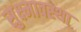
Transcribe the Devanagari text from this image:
सुक्ष्मावस्था